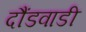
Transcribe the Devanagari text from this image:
दौंडवाडी